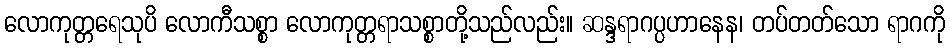
လောကုတ္တရေသုပိ လောကီသစ္စာ လောကုတ္တရာသစ္စာတို့သည်လည်း။ ဆန္ဒရာဂပ္ပဟာနေန၊ တပ်တတ်သော ရာဂကို